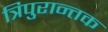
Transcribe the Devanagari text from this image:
त्रिपुरान्तक